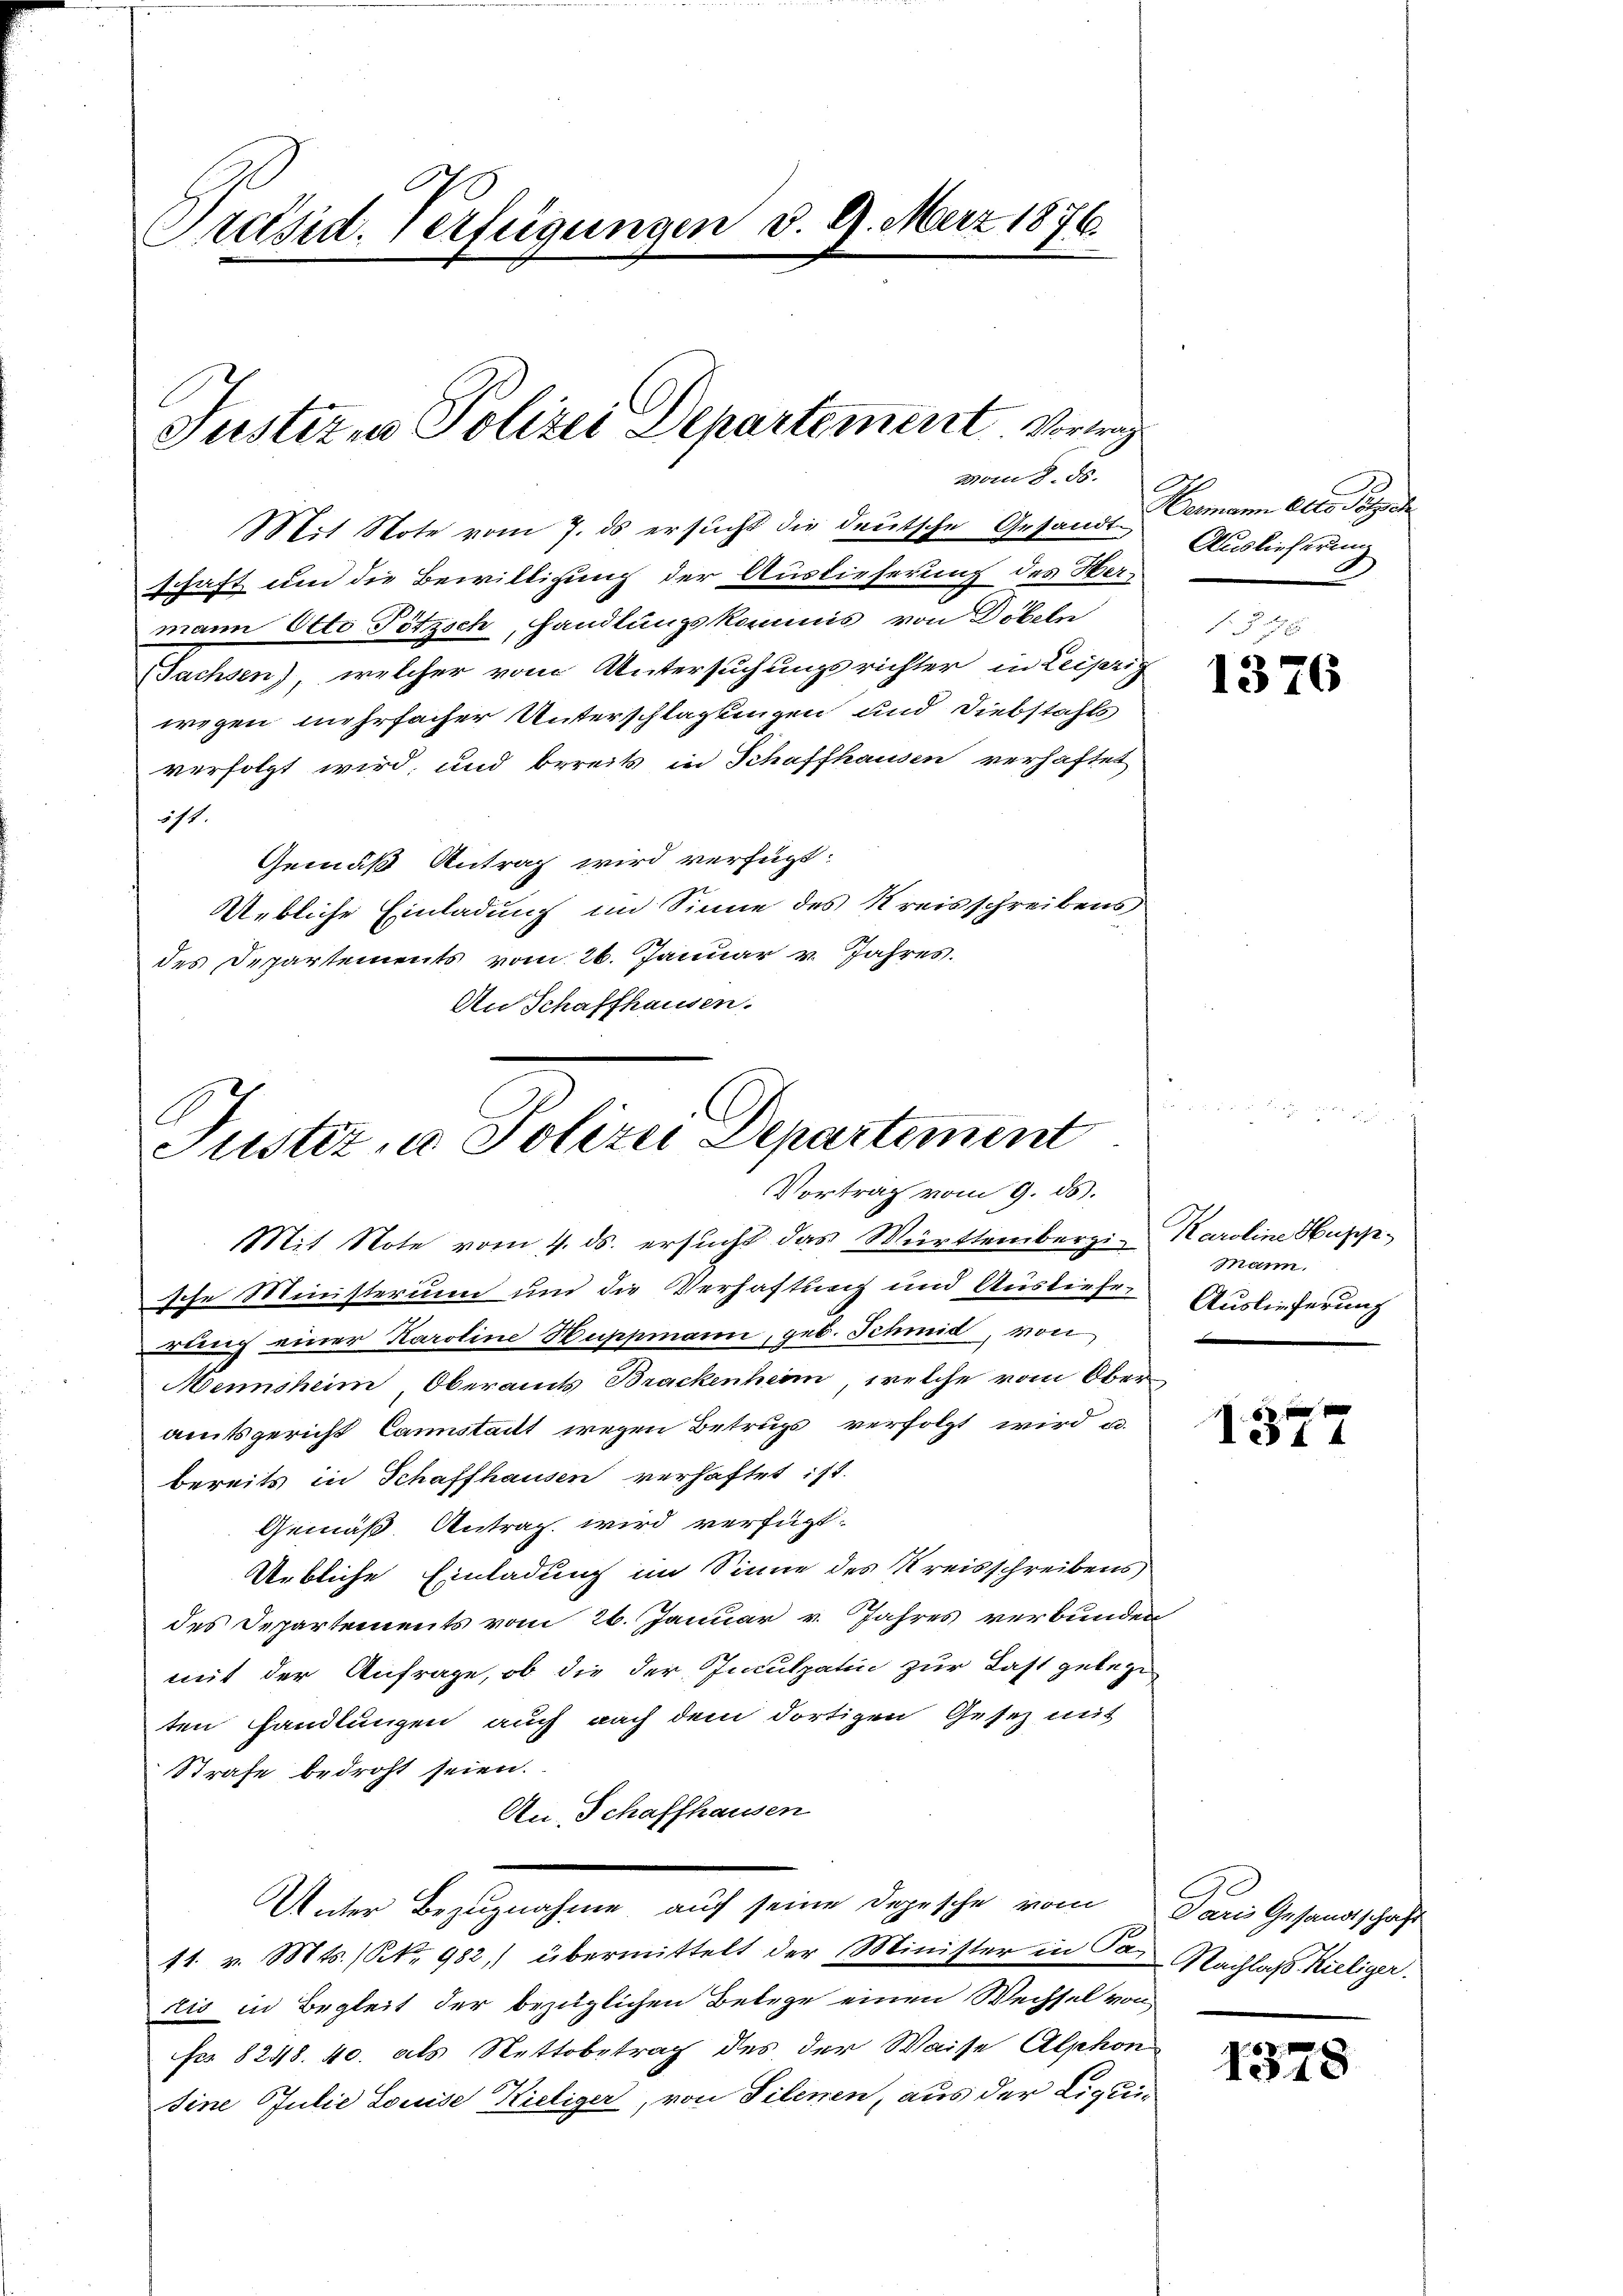
6
Präsid. Verfügungen d. 9. März 1876.

Justizen Polizei Departement Verei
vom 8. ds.

Mit Note vom 7. ds ersucht die deutsche Gesandt-Germann Otto Petenden
schaft um die Bewilligung der Auslieferung des Hermann Otto Pötzsch, handlungskommis von Döbeln
Sachsen), welcher vom Untersuchungsrichter in Leipzig
wigen mehrfacher Unterschläglingen und Diebstahls
verfolgt wird, und bereits in Schaffhausen verhaftet
öst.
Gemäß Antrag wird verfügt:
Uebliche Einladung im Sinne des Kreisschreibens
des Departements vom 26. Januar v. Jahres.
An Schaffhausen.

Justiz, u. Polizei Departement
Vortrag vom 9. ds.

Mit Note vom 4. ds. ersucht das Württembergi-Karoline Husgesche Ministerium und die Verhaftung und Ausliefe. Auslieferung
rling einer Karoline Wuppmann, geb. Schmid, von
Mennsheim, Oberamts Brackenheim, welche vom Ober
amtsgericht kannstatt wegen Betrugs verfolgt wird u.
bereits in Schaffhausen verhaftet ist.
Gemäß Antrag wird verfügt:
Uebliche Einladung im Sinne des Kreisschreibens
des Departements vom 26. Januar v. Jahres verbunden
mit der Anfrage, ob die der Inculpatin zur Last gelegt
ten handlungen auch nach dem dortigen Gesetz mit
Strafe bedroht seien.
An Schaffhausen
Unter Bezugnahme auf seine Depesche vom Paris Gesandtschaft
11. v. Mts. (N. 982) übermittelt der Minister in Par Nachlags hieliger.
tis in Begleit der bezüglichen Belege einen Wechsel von
Fr. 8248. 40. als Nettobetrag des der Waise Alphon
sine Julie Louise Kieliger, von Silenen, aus der Liqui¬

Auslieferung
1

1578
1376

Mann.
.

1377

1378